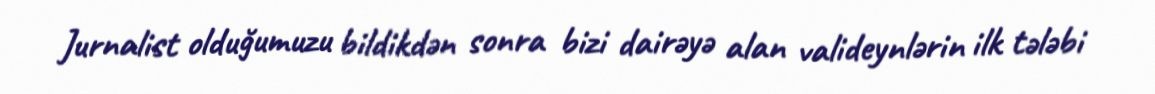
Jurnalist olduğumuzu bildikdən sonra bizi dairəyə alan valideynlərin ilk tələbi